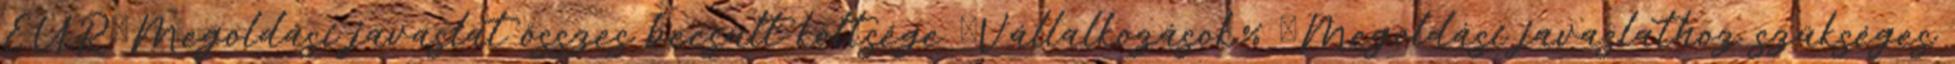
EUR▪Megoldási javaslat összes becsült költsége ▪Vállalkozások% ▪Megoldási javaslathoz szükséges